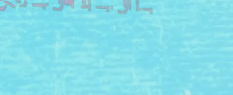
نحن نضمن لك أعلى معايير ا